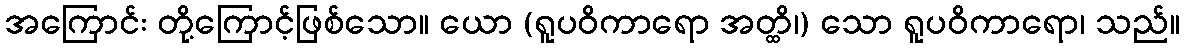
အကြောင်း တို့ကြောင့်ဖြစ်သော။ ယော (ရူပဝိကာရော အတ္ထိ၊) သော ရူပဝိကာရော၊ သည်။